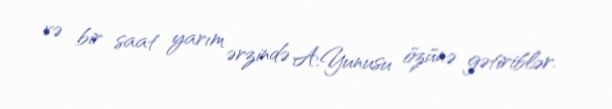
və bir saat yarım ərzində A.Yunusu özünə gətiriblər.